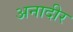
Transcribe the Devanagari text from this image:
अनादीर